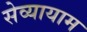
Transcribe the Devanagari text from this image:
सेव्यायाम